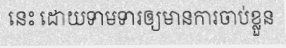
នេះ ដោយទាមទារឲ្យមានការចាប់ខ្លួន